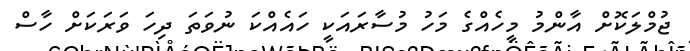
ޖުމްލަކޮށް އާންމު މީހެއްގެ މަހު މުސާރައަކީ ހައެއްކަ ނުވަތަ ދިހަ ވަރަކަށް ހާސް